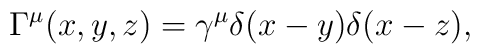
\Gamma^{\mu}(x,y,z)=\gamma^{\mu} \delta(x-y)\delta(x-z),